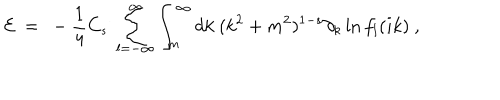
{ \cal E } \ = \ - \frac 1 4 C _ { s } \ \sum _ { l = - \infty } ^ { \infty } \int _ { m } ^ { \infty } d k \ ( k ^ { 2 } + m ^ { 2 } ) ^ { 1 - s } \partial _ { k } \ln f _ { l } ( i k ) \ ,